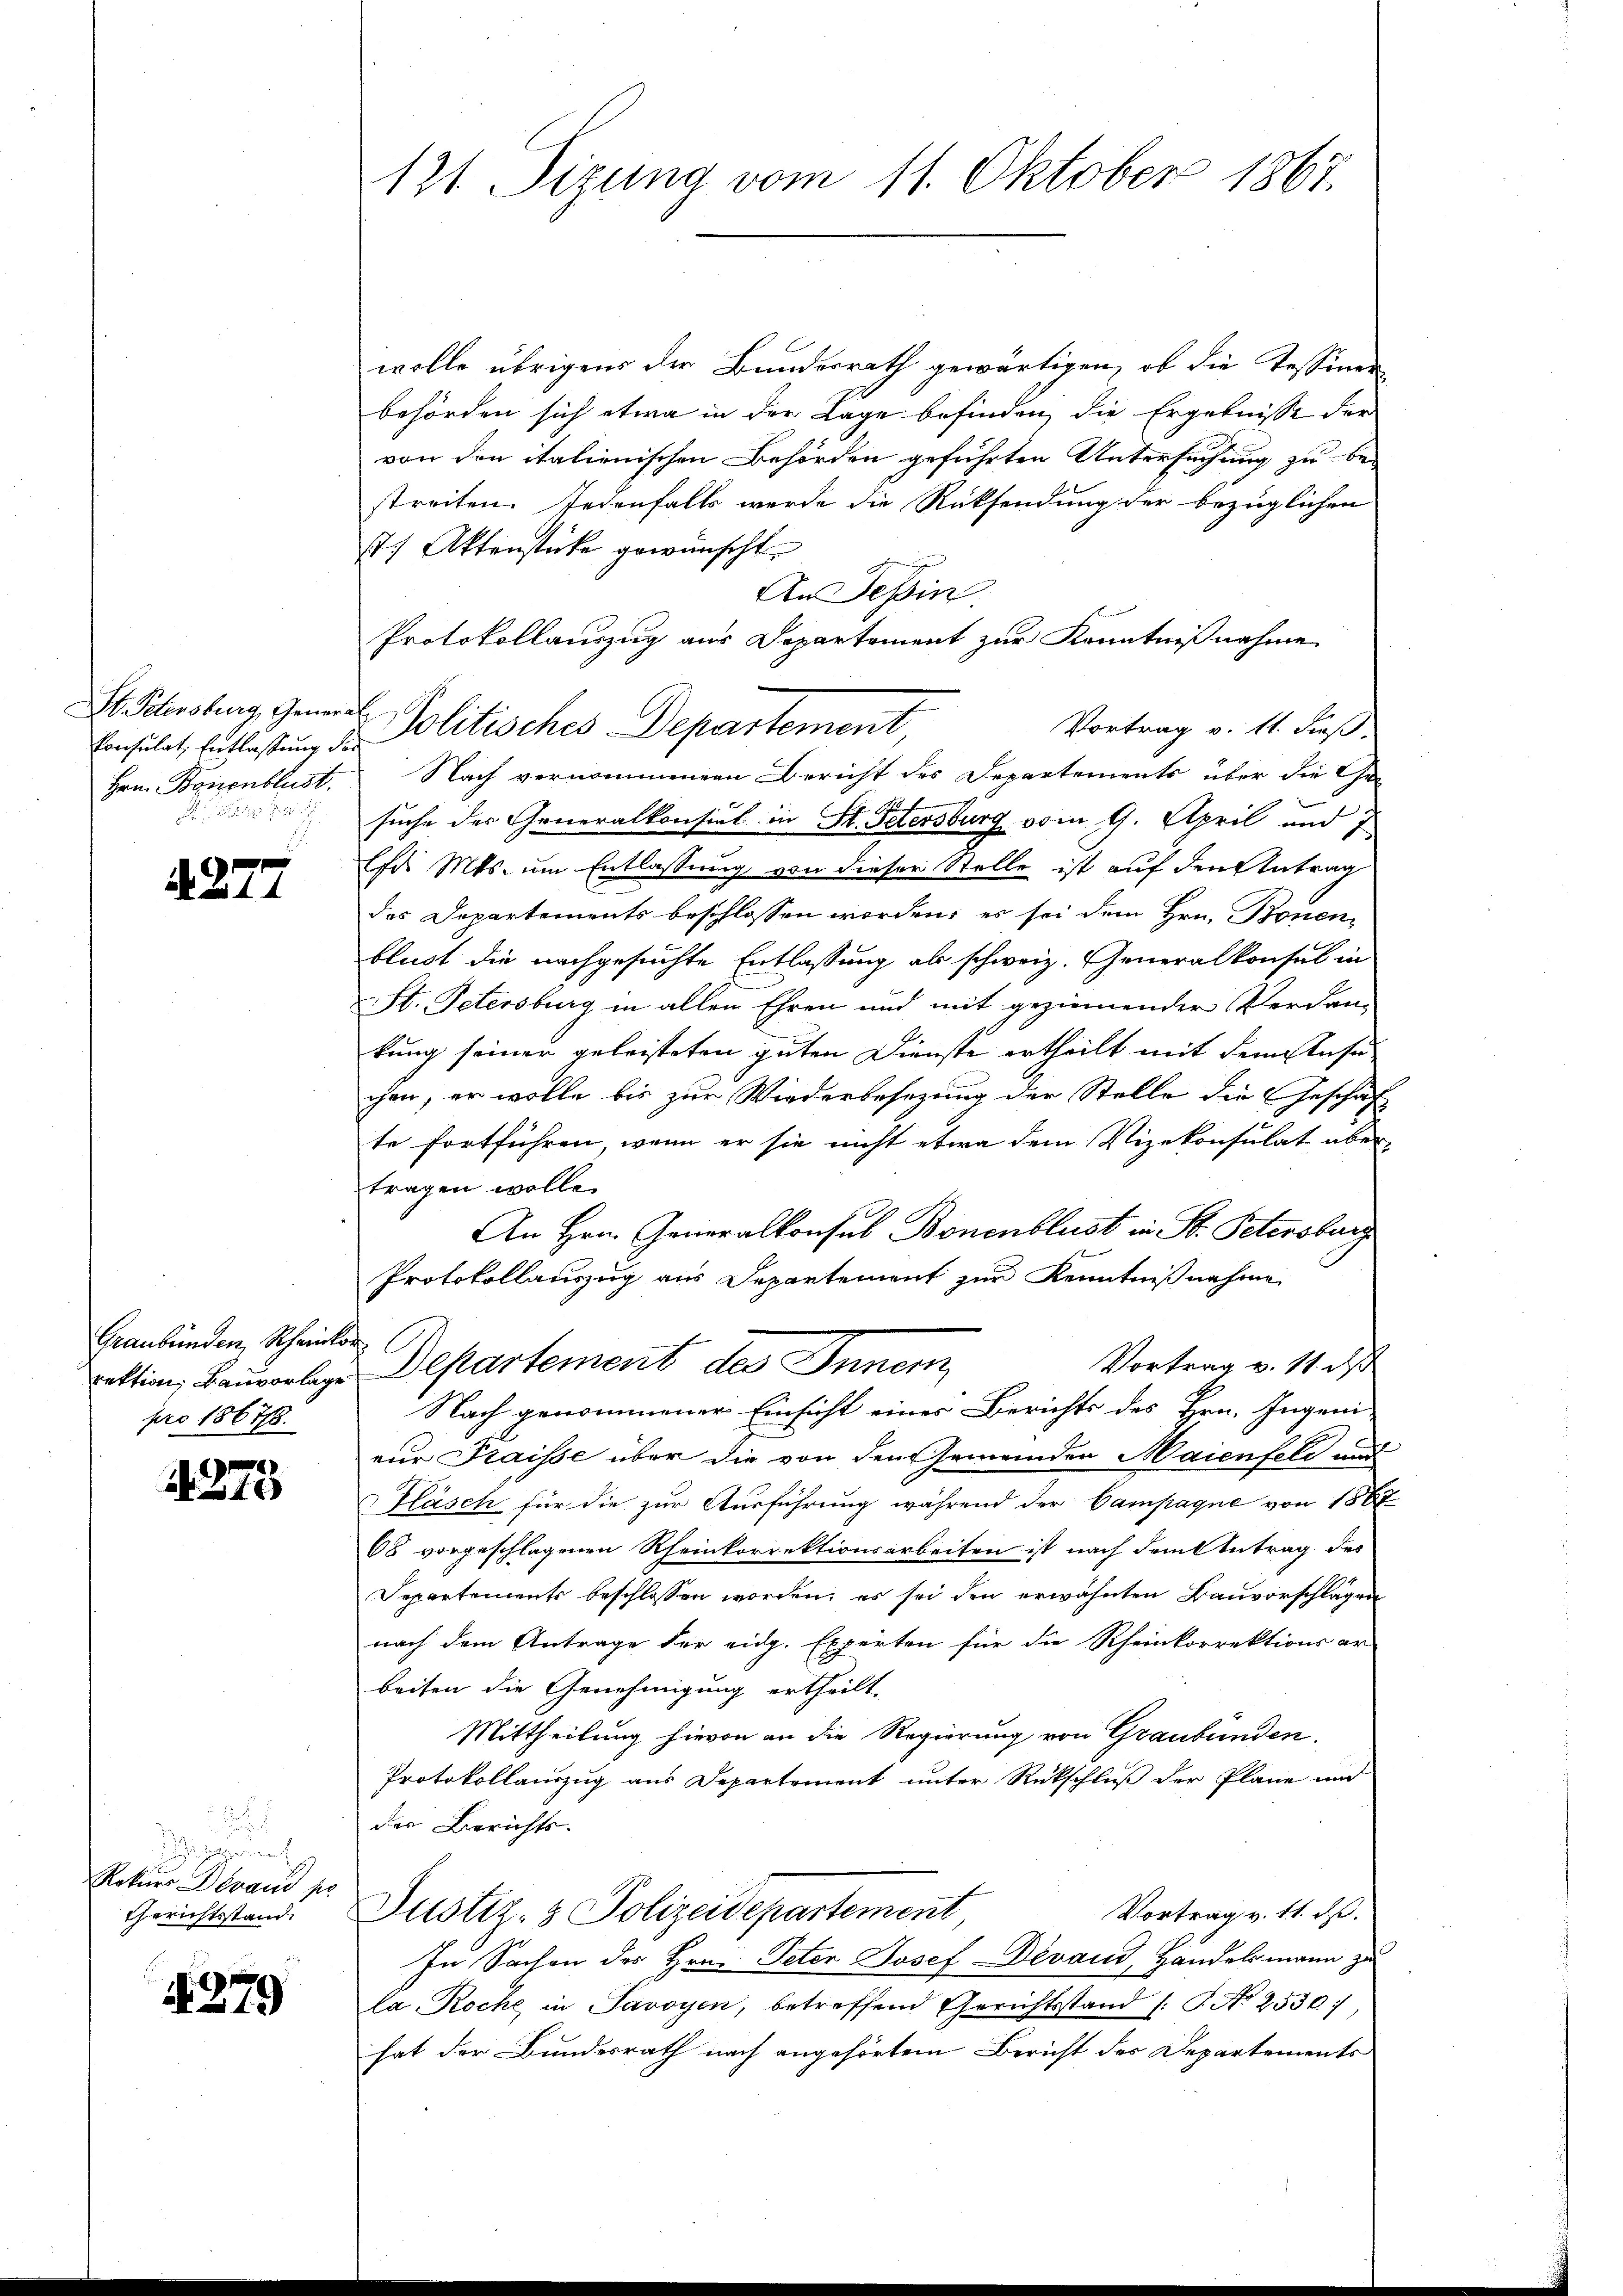
St. Petersburg, General-
Hrn. Bonenblust.

A. 277

Graubünden Scheinkor
pro 186778.

1275

Rekurs Darand so
Gerichtsstand

N 379

121. Sizung vom 11. Oktober 1867.

wolle übrigens der Bundesrath gewärtigen, ob die Tessiner-
behörden sich etwa in der Lage befinden, die Ergebnisse der
von den italienischen Behörden geführten Untersuchung zu be-
streiten. Jedenfalls werde die Rücksendung der bezüglichen
t Aktenstücke gewünscht
An Teßin
Protokollauszug aus Departement zur Kenntnißnahme
Vortrag v. 11. Fuß.
Consulat, Entlastung der Politisches Departement,
Nach vernommenen Bericht des Departements über die Ge
Sch
suche der Generalkonsirt in St. Petersburg vom 1. April und
Eh Mts. um Entlassung von dieser Stelle ist auf den Antrag
des Departements beschlossen worden; es sei dem Hrn. Bonenblust die nachgesuchte Entlassung als schweiz. Generalkonsul in
St. Petersburg in allen Ehren und mit geziemender Verdankung seiner geleisteten guten Dienste ertheilt mit dem Anse
chen, er wolle bis zur Wiederbesezung der Stelle die Geschäft
te fortführen, wenn er sie nicht etwa dem Vizekonsulat aber
tragen wolle.
An Hrn. Generalkonsul Bonenblust in St. Petersburg
Protokollauszug aus Departement zur Kenntnißnahme
Vortrag v. 17. ds
fektion, Bauverlage Departement des Inner
Nach genommener Einsicht eines Berichts des Hrn. Ingeni-
eur Fraisse über die von den Gemeinden Maienfeld und
Fläsch für die zur Ausführung während der Campaque von 186
68 vorgeschlagenen Rheinkorrektionsarbeiten ist nach dem Antrag des
Separtements beschlossen worden, es sei den erwähnten Bauvorschlägen
nach dem Antrage der eidg. Experten für die Rheinkorrektions ar
beiten die Genehmigung ertheilt.
Mittheilung hievon an die Regierung von Graubünden.
Protokollanzug aus Departement unter Rückschluß der Pläne und
der Berichts.
Vortrag v. 11. ds.
Justiz- & Polizeidepartement
In Sachen des Hrn. Peter Josef Devaud, Handelsmann zu
la-Roche in Savoyen, betreffend Gerichtsstand (T. No 2530:
hat der Bundesrath nach angehörten Bericht des Departements